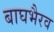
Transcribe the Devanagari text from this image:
बाघभैरव